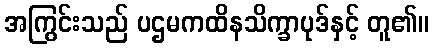
အကြွင်းသည် ပဌမကထိနသိက္ခာပုဒ်နှင့် တူ၏။